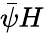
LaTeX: \bar{\psi}H